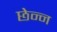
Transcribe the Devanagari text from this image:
छेन्न